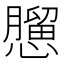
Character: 𢣠